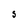
Character: S